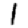
Digit: 1